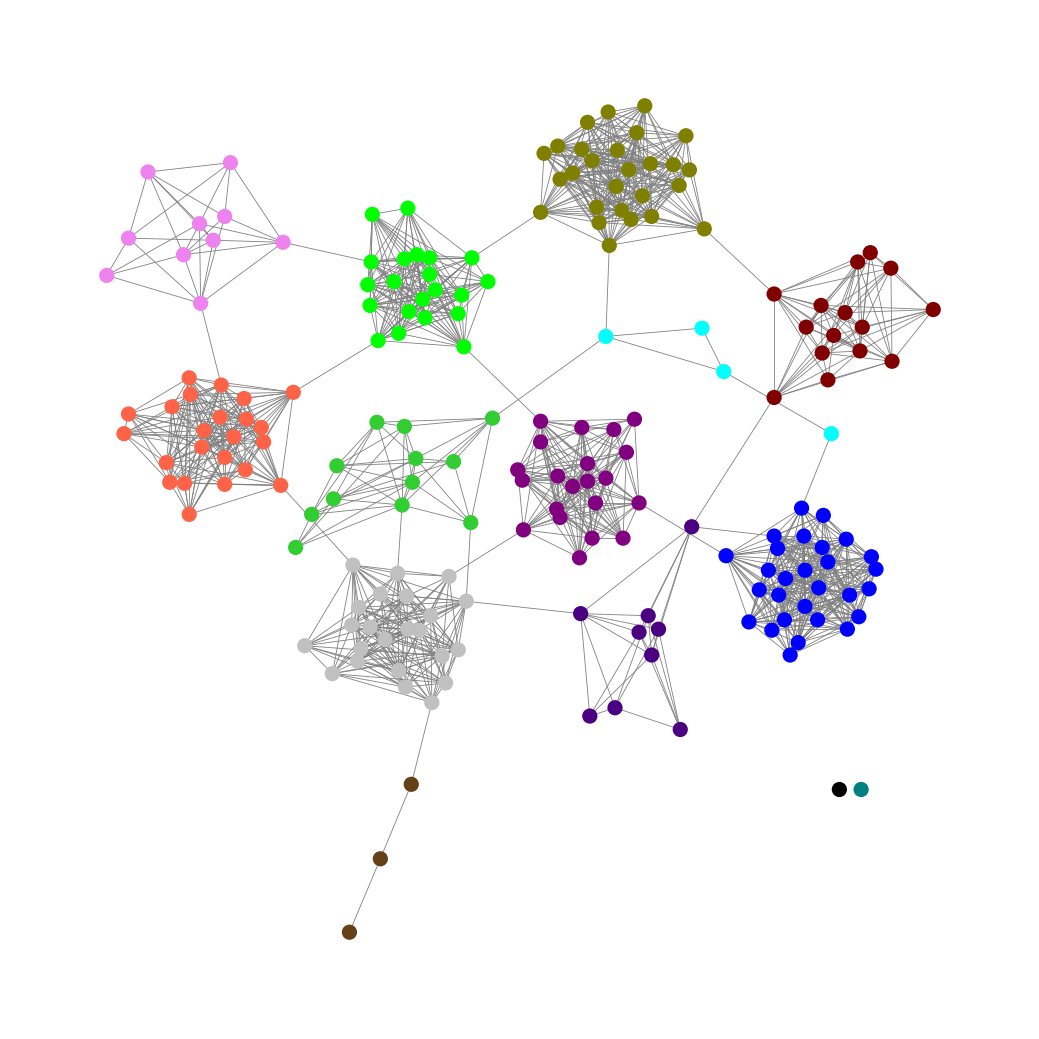
Graph connected: No
Number of connected components: 3
Number of singletons: 2
Total number of nodes: 198
Total number of edges: 1377
Number of communities: 14
Community sizes:
Aqua: 4
Black: 1
Blue: 28
Indigo: 9
Lime: 21
Lime Green: 12
Maroon: 15
Olive: 27
Pullman Brown: 3
Purple: 21
Silver: 23
Teal: 1
Tomato: 23
Violet: 10
Graph layout: tda
Graph generation method: erdos_renyi